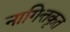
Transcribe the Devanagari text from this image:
नागित्तकृत